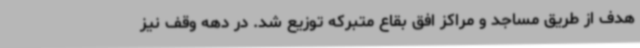
هدف از طریق مساجد و مراکز افق بقاع متبرکه توزیع شد. در دهه وقف نیز